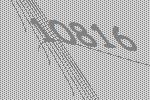
10816